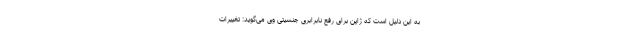
به این دلیل است که ژاپن برای رفع نابرابری جنسیتی وی می‌گوید: تغییرات